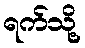
ရက်သို့